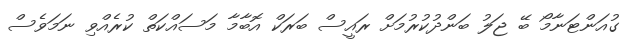
ގުއަންޓަނާމޯ ބޭ ޖަލު ބަންދުކުރުމަށް ރައީސް ބަރަކް އޮބާމާ މަސައްކަތް ކުރެއްވި ނަމަވެސް